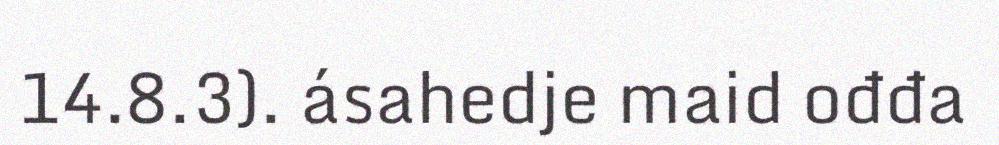
14.8.3). ásahedje maid ođđa